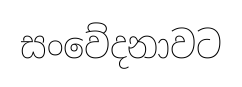
සංවේදනාවට